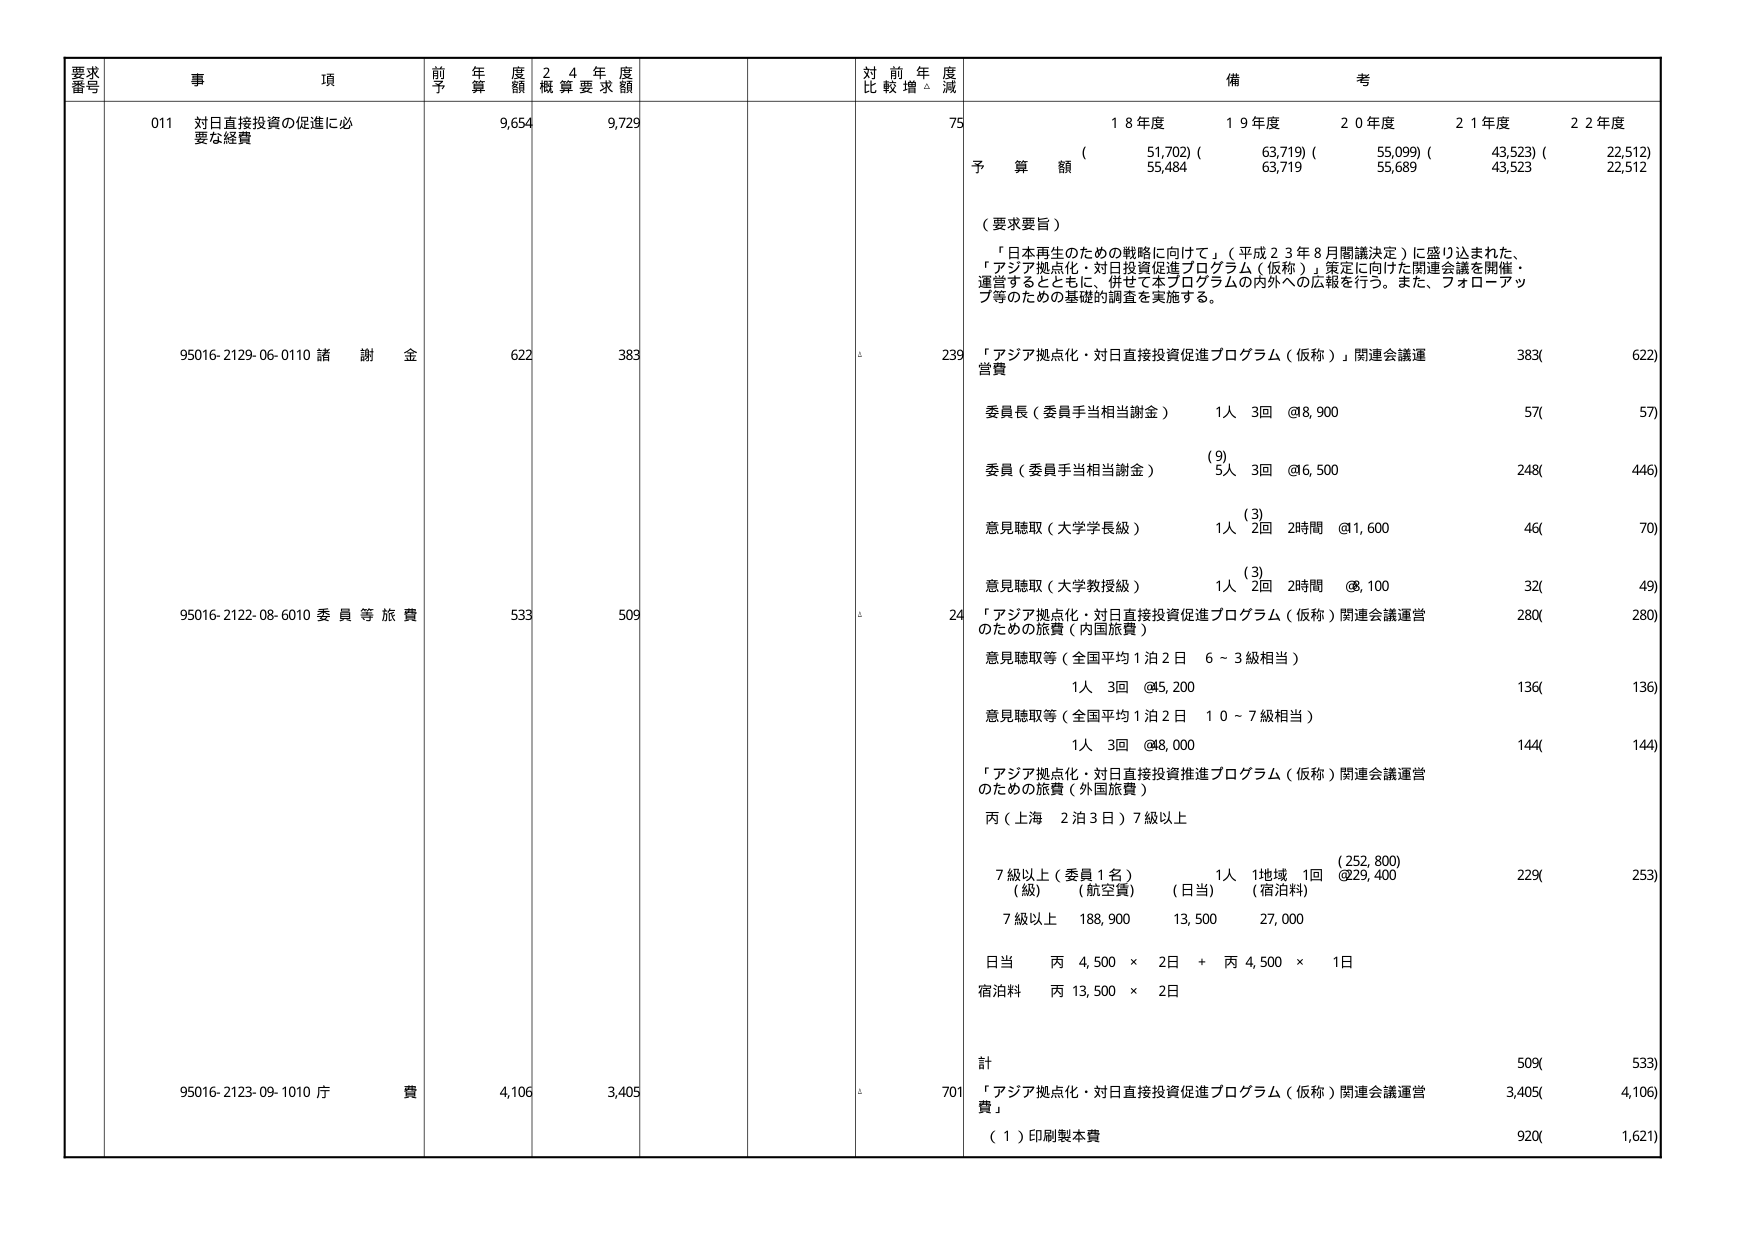
要求番号 事項 前年度予算額 24年度概算要求額 対前年度比較増減 備考
011 対日直接投資の促進に必要な経費 9,654 9,729 75
（ 18年度 19年度 20年度 21年度 22年度 ）
予算額 （51,702）（63,719）（55,099）（43,523）（22,512）
55,484 63,719 55,689 43,523 22,512
（要求要旨）
「日本再生のための戦略に向けて」（平成23年8月閣議決定）に盛り込まれた、「アジア拠点化・対日投資促進プログラム（仮称）」策定に向けた関連会議を開催・運営するとともに、併せて本プログラムの内外への広報を行う。また、フォローアップ等のための基礎的調査を実施する。
95016-2129-06-0110 諸謝金 622 383 239 「アジア拠点化・対日直接投資促進プログラム（仮称）」関連会議運営費 383( 622)
委員長（委員手当相当謝金） 1人 3回 @8,900 57( 57)
委員（委員手当相当謝金） (9) 5人 3回 @6,500 248( 446)
意見聴取（大学学長級） 1人 2回 2時間 @1,600 46( 70)
意見聴取（大学教授級） 1人 2回 2時間 @8,100 32( 49)
95016-2122-08-6010 委員等旅費 533 509 24 「アジア拠点化・対日直接投資促進プログラム（仮称）関連会議運営のための旅費（内国旅費） 280( 280)
意見聴取等（全国平均1泊2日 6～3級相当） 1人 3回 @45,200 136( 136)
意見聴取等（全国平均1泊2日 10～7級相当） 1人 3回 @48,000 144( 144)
「アジア拠点化・対日直接投資促進プログラム（仮称）関連会議運営のための旅費（外国旅費） 丙（上海 2泊3日）7級以上
7級以上（委員1名） 1人 1地域 1回 （252,800） 229( 253)
（級） （航空費） （日当） （宿泊料） @29,400
7級以上 188,900 13,500 27,000
日当 丙 4,500 × 2日 + 丙 4,500 × 1日
宿泊料 丙 13,500 × 2日
計 509( 533)
95016-2123-09-1010 庁費 4,106 3,405 701 「アジア拠点化・対日直接投資促進プログラム（仮称）関連会議運営費」 3,405( 4,106)
（1）印刷製本費 920( 1,621)